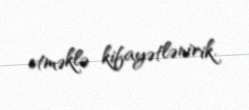
etməklə kifayətlənirik.